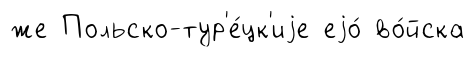
же Польско-тур'е́цк'иjе еjо́ во́йска